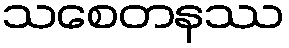
သစေတနဿ